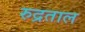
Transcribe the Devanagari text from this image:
रुद्रताल